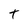
Character: t